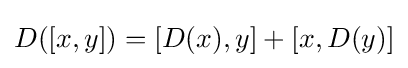
D([x,y])=[D(x),y]+[x,D(y)]